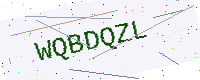
Text: WQBDQZL